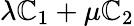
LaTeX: \lambda\mathbb{C}_{1}+\mu\mathbb{C}_{2}